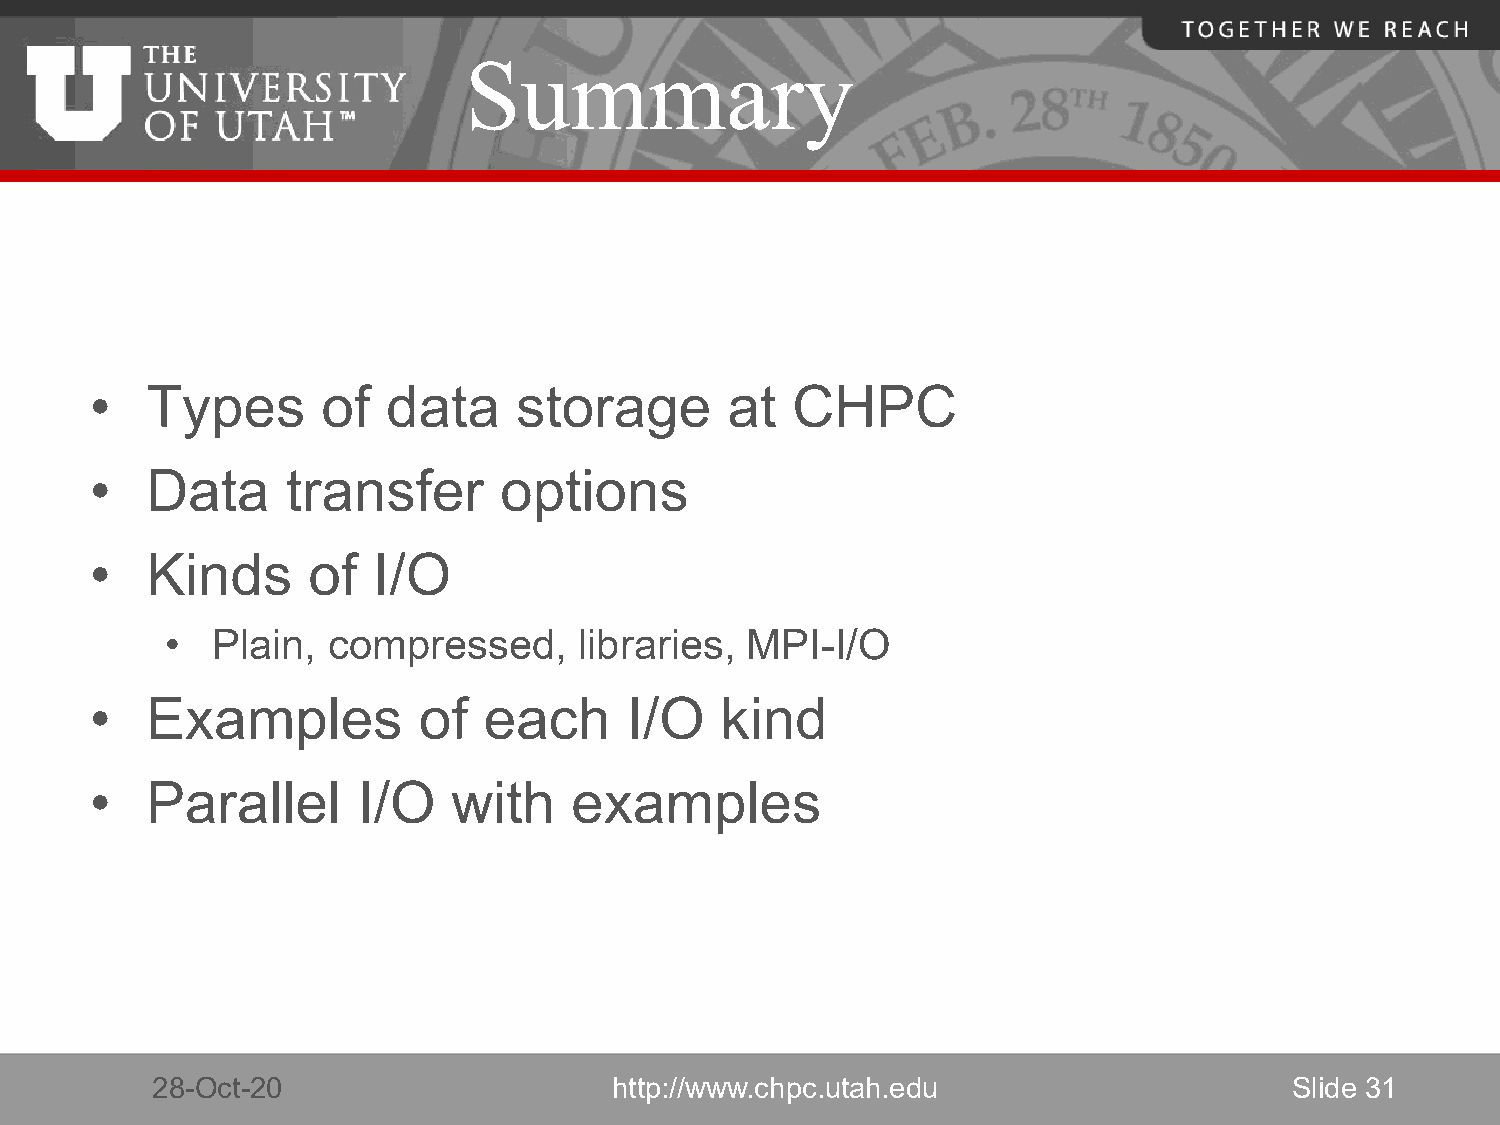
Summary
 •   Types      of   data    storage       at  CHPC
 •   Data     transfer      options
 •   Kinds     of   I/O
 •  Plain,  compressed,     libraries, MPI-I/O
 •   Examples          of  each     I/O    kind
 •   Parallel      I/O   with    examples
 28-Oct-20                      http://www.chpc.utah.edu                     Slide 31